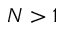
N > 1